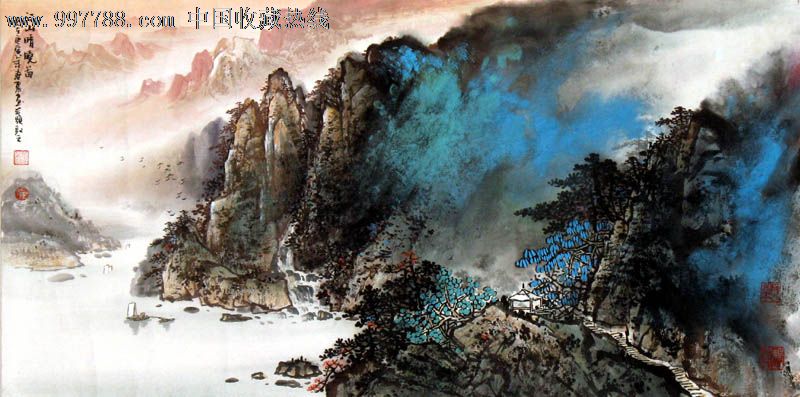
马毛缩如蝟，角弓不可张。